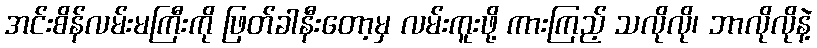
အင်းစိန်လမ်းမကြီးကို ဖြတ်ခါနီးတော့မှ လမ်းကူးဖို့ ကားကြည့် သလိုလို၊ ဘာလိုလိုနဲ့